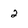
Character: 2